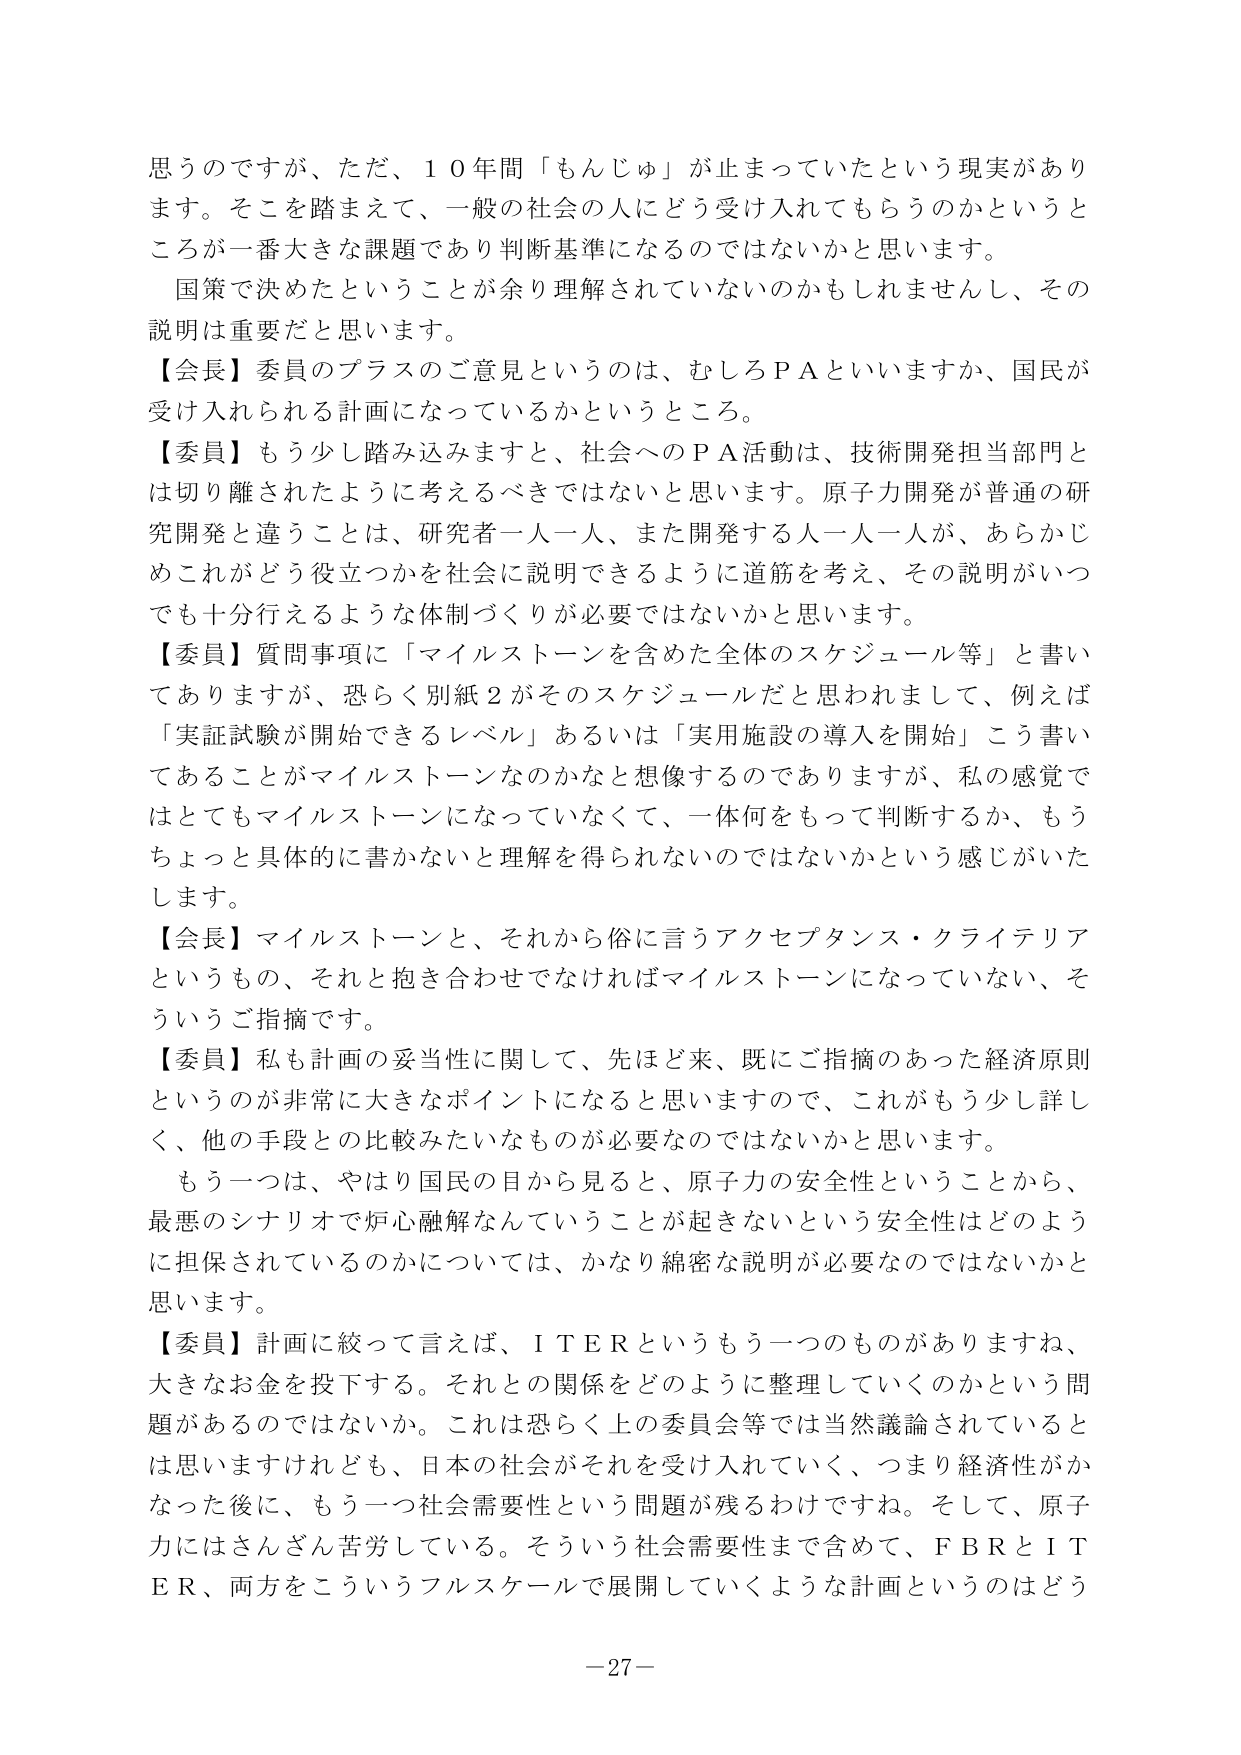
思うのですが、ただ、１０年間「もんじゅ」が止まっていたという現実があります。そこを踏まえて、一般の社会の人にどう受け入れてもらうのかというところが一番大きな課題であり判断基準になるのではないかと思います。
国策で決めたということが余り理解されていないのかもしれませんし、その説明は重要だと思います。
【会長】委員のプラスのご意見というのは、むしろＰＡといいますか、国民が受け入れられる計画になっているかというところ。
【委員】もう少し踏み込みますと、社会へのＰＡ活動は、技術開発担当部門とは切り離されたように考えるべきではないと思います。原子力開発が普通の研究開発と違うことは、研究者一人一人、また開発する人一人一人が、あらかじめこれがどう役立つかを社会に説明できるように道筋を考え、その説明がいつでも十分行えるような体制づくりが必要ではないかと思います。
【委員】質問事項に「マイルストーンを含めた全体のスケジュール等」と書いてありますが、恐らく別紙２がそのスケジュールだと思われまして、例えば「実証試験が開始できるレベル」あるいは「実用施設の導入を開始」こう書いてあることがマイルストーンなのかなと想像するのでありますが、私の感覚ではとてもマイルストーンになっていなくて、一体何をもって判断するか、もうちょっと具体的に書かないと理解を得られないのではないかという感じがいたします。
【会長】マイルストーンと、それから俗に言うアクセプタンス・クライテリアというものの、それと抱き合わせでなければマイルストーンになっていない、そういうご指摘です。
【委員】私も計画の妥当性に関して、先ほど来、既にご指摘のあった経済原則というのが非常に大きなポイントになると思いますので、これがもう少し詳しく、他の手段との比較みたいなものが必要なのではないかと思います。
もう一つは、やはり国民の目から見ると、原子力の安全性ということから、最悪のシナリオで炉心融解なんていうことが起きないという安全性はどのように担保されているのかについては、かなり綿密な説明が必要なのではないかと思います。
【委員】計画に絞って言えば、ＩＴＥＲというもう一つのものがありますね、大きなお金を投下する。それとの関係をどのように整理していくのかという問題があるのではないでしょうか。これは恐らく上の委員会等では当然議論されているとは思いますが、日本の社会がそれを受け入れていく、つまり経済性がかなった後に、もう一つ社会需要性という問題が残るわけですね。そして、原子力にはさんざん苦労している。そういう社会需要性まで含めて、ＦＢＲとＩＴＥＲ、両方をこういうフルスケールで展開していくような計画というのはどう
－27－